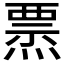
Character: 𤍟